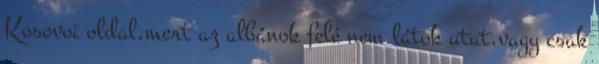
Kosovoi oldal,mert az albánok felé nem látok utat,vagy csak